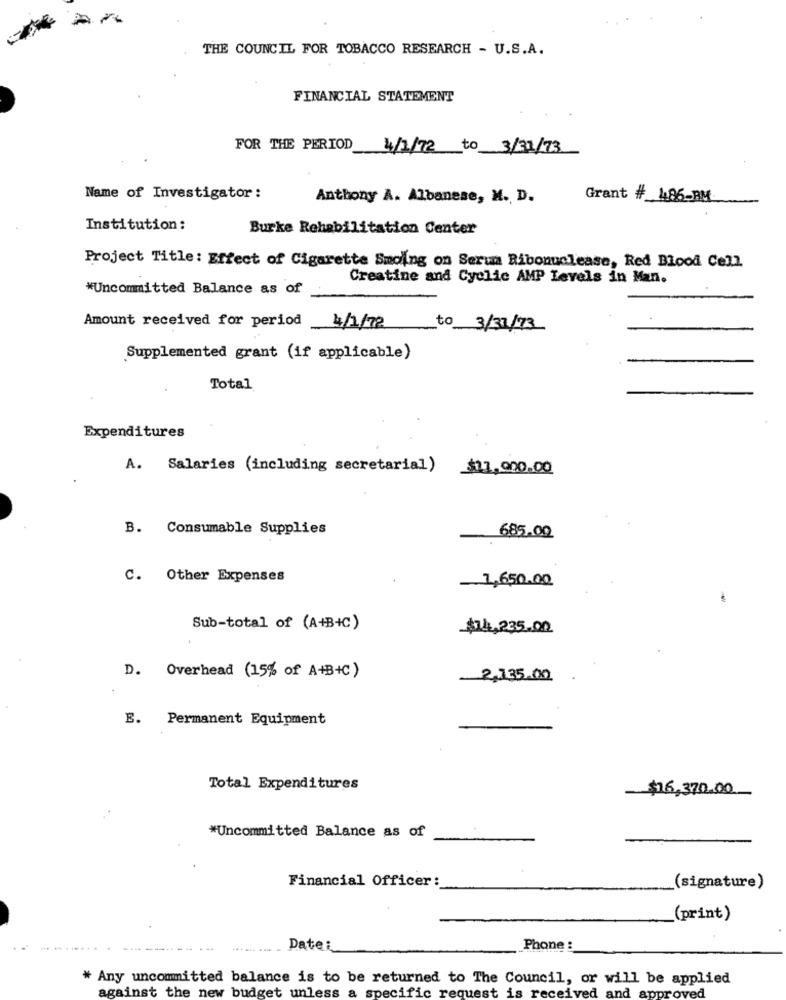
THE COUNCIL FOR TOBACCO RESEARCH - U.S.A.
FINANCIAL STATEMENT
FOR THE PERIOD 4/1/72 to 3/31/73
Name of Investigator :
Anthony A. Albanese, M. D.
Grant # 486-BM
Institution :
Burke Rehabilitation Center
Project Title: Effect of Cigarette Smoing on Serua Ribonuclease, Red Blood Cell.
Creatine and Cyclic AMP Levels in Man.
*Uncommitted Balance as of
Amount received for period 4/1/72
to 3/31/73
Supplemented grant (if applicable)
Total
Expenditures
A. Salaries (including secretarial) $11,000.00
B. Consumable Supplies
685.00
C. Other Expenses
1,650.00
-
Sub-total of (A+B+C)
$14,235.00
D. Overhead (15% of A+B+C)
2,135.00
E.
Permanent Equipment
Total Expenditures
$16,370.00
*Uncommitted Balance as of
Financial Officer :
(signature)
_(print)
Datei
Phone :
* Any uncommitted balance is to be returned to The Council, or will be applied
Ived and
ved
against the new budget unless a specific request is rece